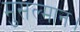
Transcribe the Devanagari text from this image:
मुसल्मान।